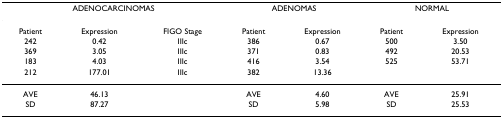
<table><thead><tr><td colspan="3"><b>ADENOCARCINOMAS</b></td><td colspan="2"><b>ADENOMAS</b></td><td colspan="2"><b>NORMAL</b></td></tr></thead><tbody><tr><td>Patient</td><td>Expression</td><td>FIGO Stage</td><td>Patient</td><td>Expression</td><td>Patient</td><td>Expression</td></tr><tr><td>242</td><td>0.42</td><td>IIIc</td><td>386</td><td>0.67</td><td>500</td><td>3.50</td></tr><tr><td>369</td><td>3.05</td><td>IIIc</td><td>371</td><td>0.83</td><td>492</td><td>20.53</td></tr><tr><td>183</td><td>4.03</td><td>IIIc</td><td>416</td><td>3.54</td><td>525</td><td>53.71</td></tr><tr><td>212</td><td>177.01</td><td>IIIc</td><td>382</td><td>13.36</td><td></td><td></td></tr><tr><td>AVE</td><td>46.13</td><td></td><td>AVE</td><td>4.60</td><td>AVE</td><td>25.91</td></tr><tr><td>SD</td><td>87.27</td><td></td><td>SD</td><td>5.98</td><td>SD</td><td>25.53</td></tr></tbody></table>